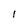
Character: 1